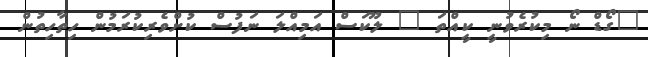
"ގޯޑް ނޯ މިކުރެވުނީ ކީއްތަ " ލޫކަސް އަމިއްލަ ނަފުސް ކުށްވެރިކުރަމުން ހިތާހިތުން